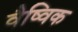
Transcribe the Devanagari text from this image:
वैष्विक